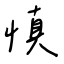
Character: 慎